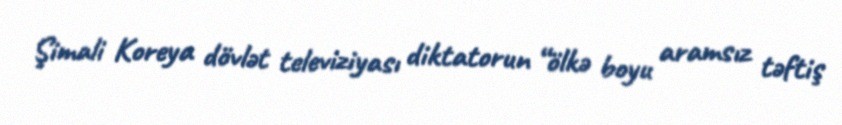
Şimali Koreya dövlət televiziyası diktatorun “ölkə boyu aramsız təftiş